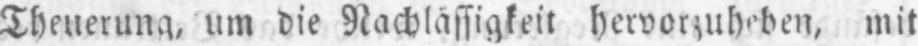
Theuerung, um die Nachlässigkeit hervorzuheben, mit